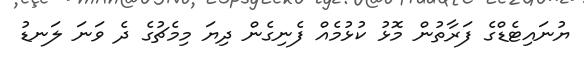
ޔުނައިޓެޑްގެ ފަރާތުން މޮޅު ކުޅުމެއް ފެނިގެން ދިޔަ މިމެޗުގެ ދެ ވަނަ ލަނޑު